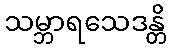
သမ္ဘာရသေဒန္တိ